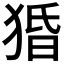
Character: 𰡙